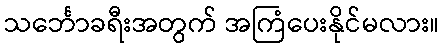
သင်္ဘောခရီးအတွက် အကြံပေးနိုင်မလား။